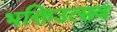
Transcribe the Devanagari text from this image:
भक्तिउत्सव